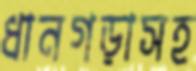
ধানগড়াসহ